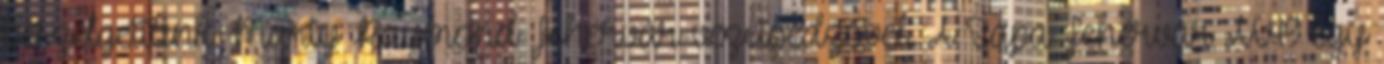
beszélgettünk Marty Raymond Fehérvár-vezetőedzővel. A Sapa Fehérvár AV19 egy